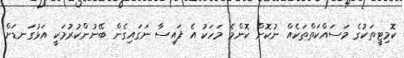
ކޮމިޓީތަކުގެ މަސައްކަތްތަކެއް ނުކޮށް ކޮންމެ މަހަކު އެ ފައިސާ ނަގައިގެން ބޭނުންކުރުމަކީ އަޅުގަނޑަށް